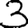
Digit: 3